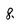
Character: 8